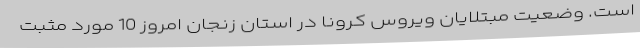
است. وضعیت مبتلایان ویروس کرونا در استان زنجان امروز 10 مورد مثبت